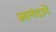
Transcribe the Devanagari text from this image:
आनंदानें